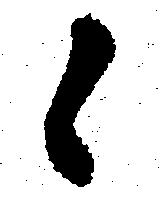
候